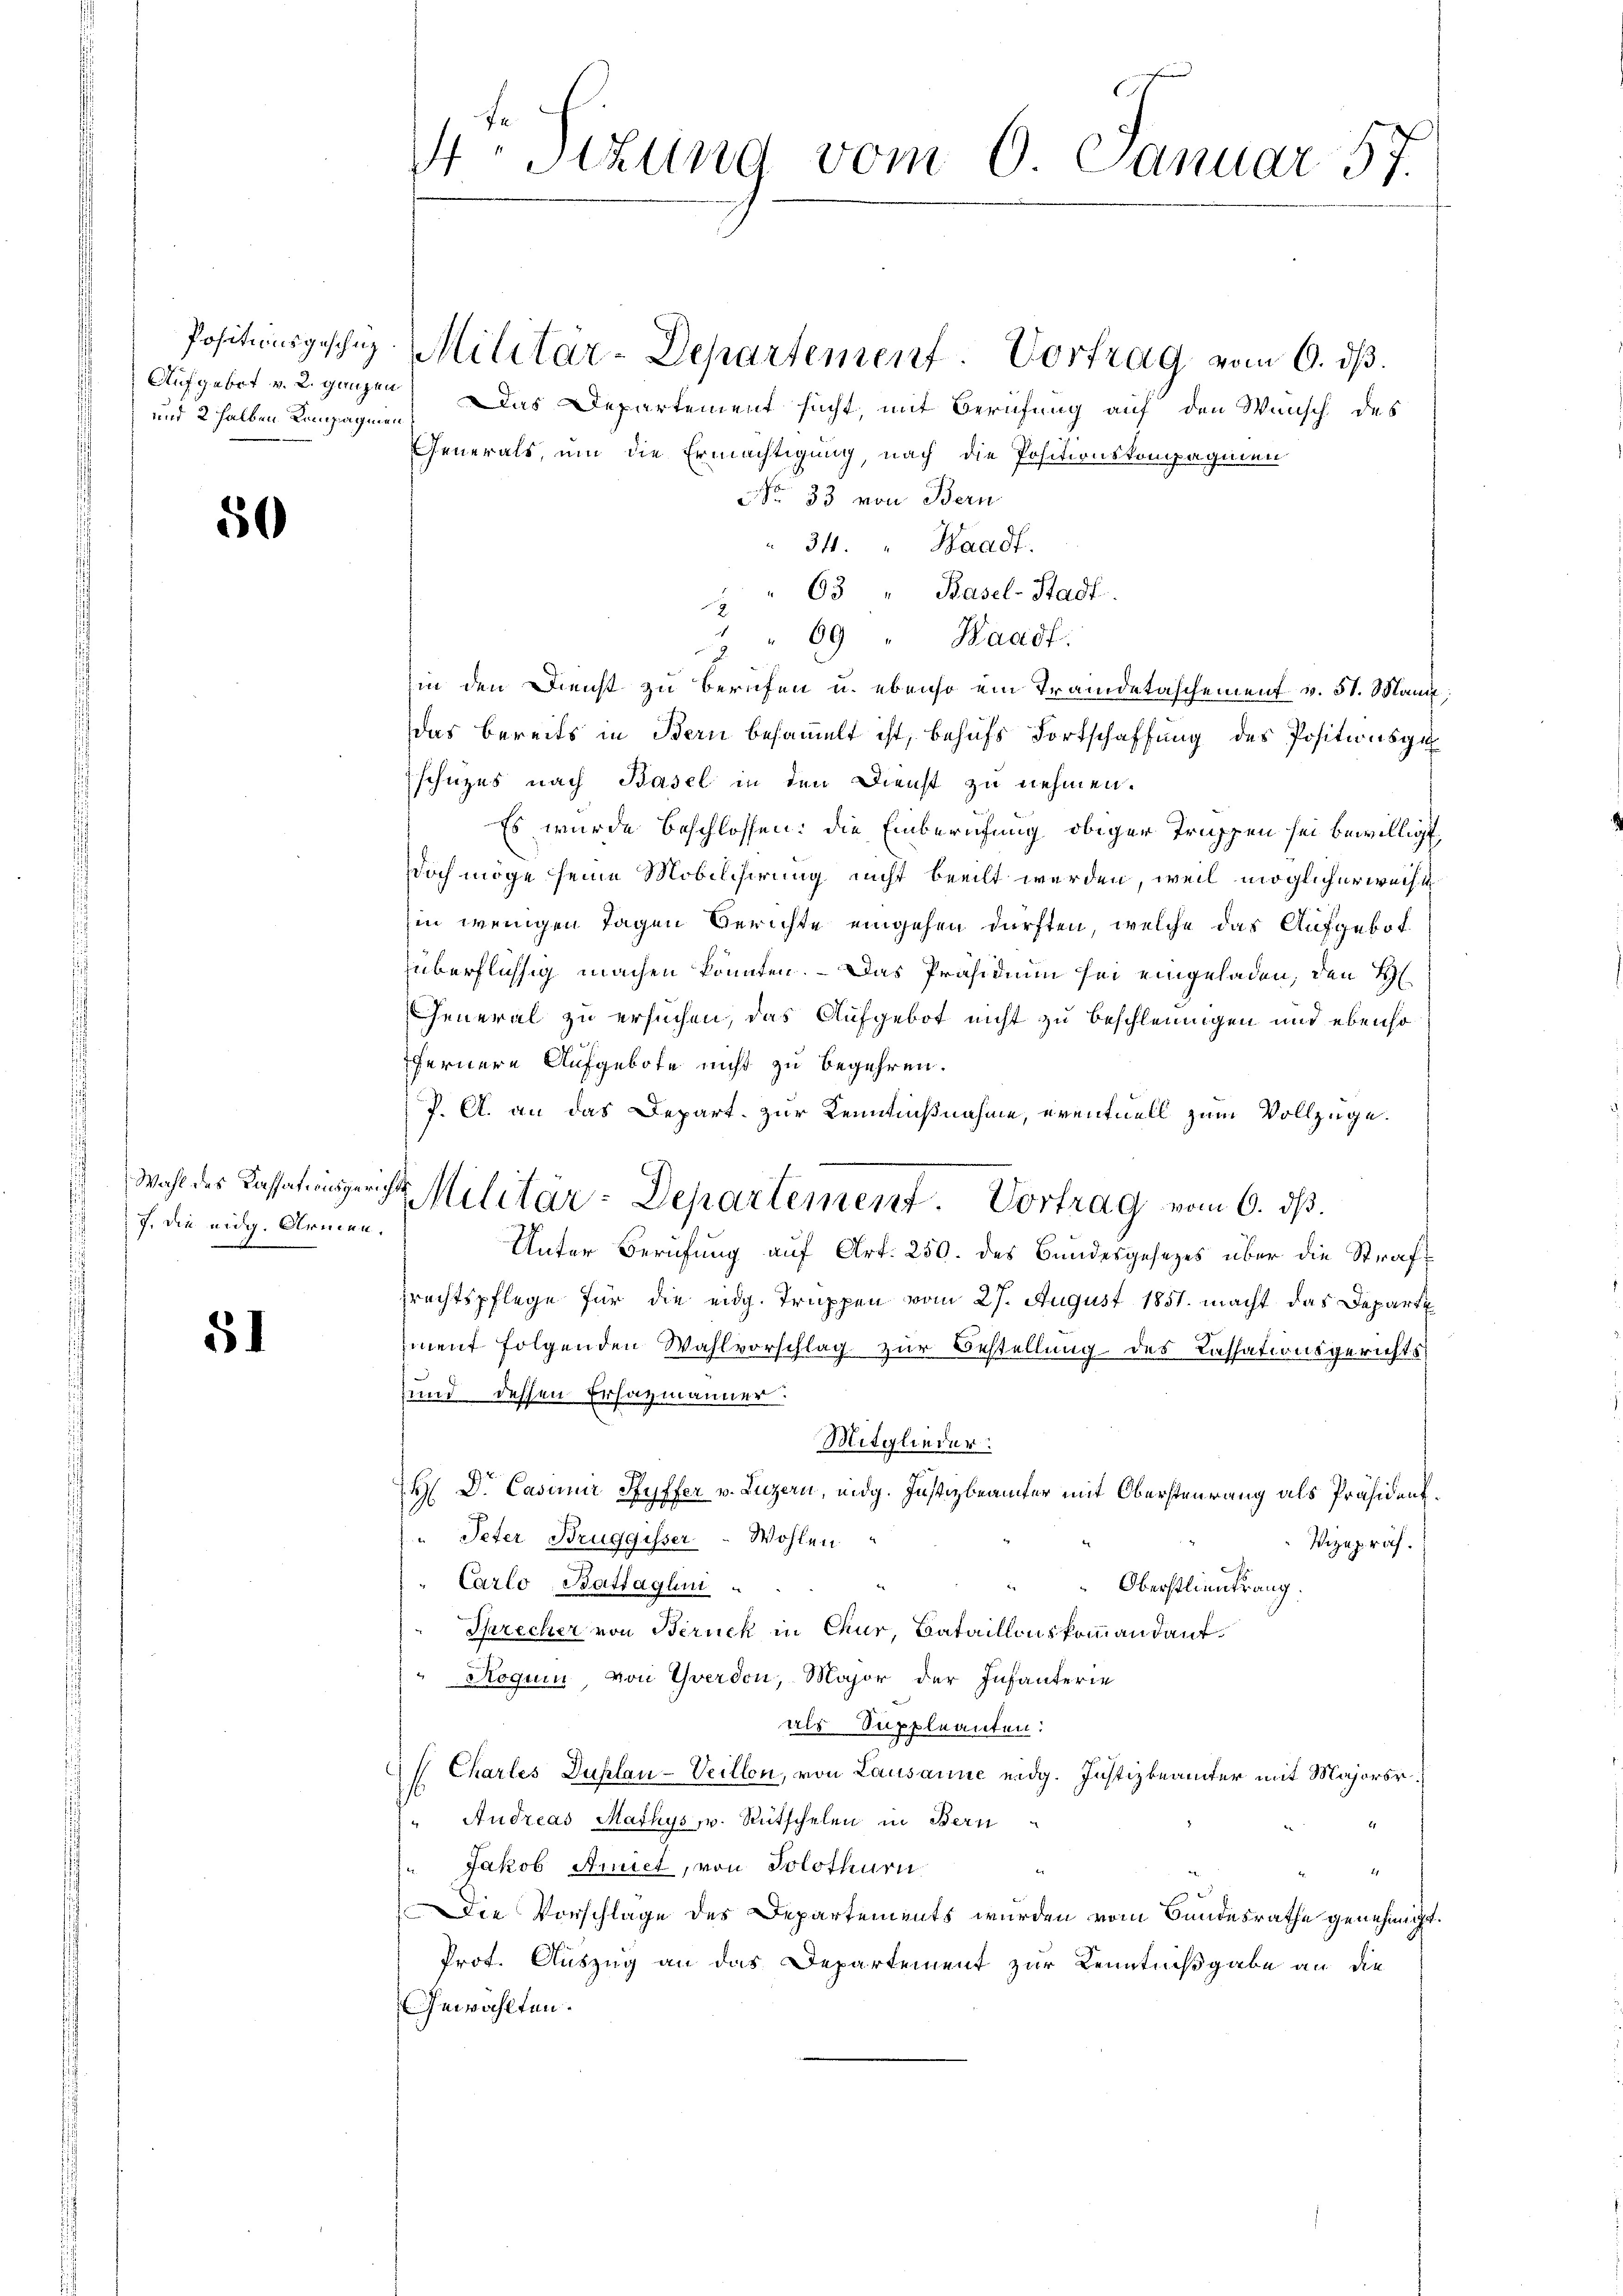
Aufgebot v. 2. ganzen
und 2 halben Kompagmen

50

7. die eidg. Armen.

51

S.Stzung vom 6. Januar 57.

Das Departement sucht, mit Berufung auf den Wunsch des
Generals, um die Ermächtigung, nach die Positionskompagnien
No 33 von Bern
34. " Waadt.
" 63 " Basel-Stadt.
69 " Waadt.
.
in den Dienst zu berufen u. ebenso ein Tramidetaschement v. 51. Mann
das bereits in Bern besammelt ist, behufs Fortschaffung des Positionsge
schüzes nach Basel in den Dienst zu nehmen.
Es wurde beschlossen: die Einberufung obiger Truppen sei bewilligt
Doch möge seine Mobilchirung nicht beeilt werden, weil möglicherweise
hin wenigen Tagen Berichte eingehen dürften, welche das Aufgebot
überflüssig machen könnten. - Das Präsidium sei eingeladen, den H
General zu ersuchen, das Aufgebot nicht zu beschleunigen und ebenso
ffernere Aufgebote nicht zu begehren.
P. A. an das Depart. zur Kenntnißnahme, eventuell zum Vollzuge.
Unter Berufung auf Art. 250. des Bundesgesezes über die Straft
rechtspflege für die eidg. Truppen vom 27. August 1851. macht das Departe
ment folgenden Wahlvorschlag zur Bestellung des Cassationsgerichts¬
und dessen Erhazmänner.
Mitglieder.
H Dr. Casanie Stoffer v. Luzern, eidg. Justizbeamter mit Obersteurung als Präsident¬
" Peter Bruggisser. Wohlen
Vizepräf.
Carlo Battaglini
Oberstlieutrang.
Krecher von Berück in Chur, Bataillonskommandant
Roguin, von Yverdon, Major der Infanterie
als Suppleanten:
Charles Duplau-Veillon, von Lausanne eidg. Justizbeamter mit Majorsr.
Andreas Mathys, v. Rütschelen in Bern
Jakob Anriet, von Solothurn
.
Die Vorschlage des Departements wurden vom Bandesrathe genehmigt.
Prot. Auszug an das Departement zur Kenntnißgabe an die
Gewählten.

Positinsgesche Militar-Departement Vortrag vom 6. dβ.

wohl der Cassationsgericht Militär-Departement. Vortrag vom 6. ds.